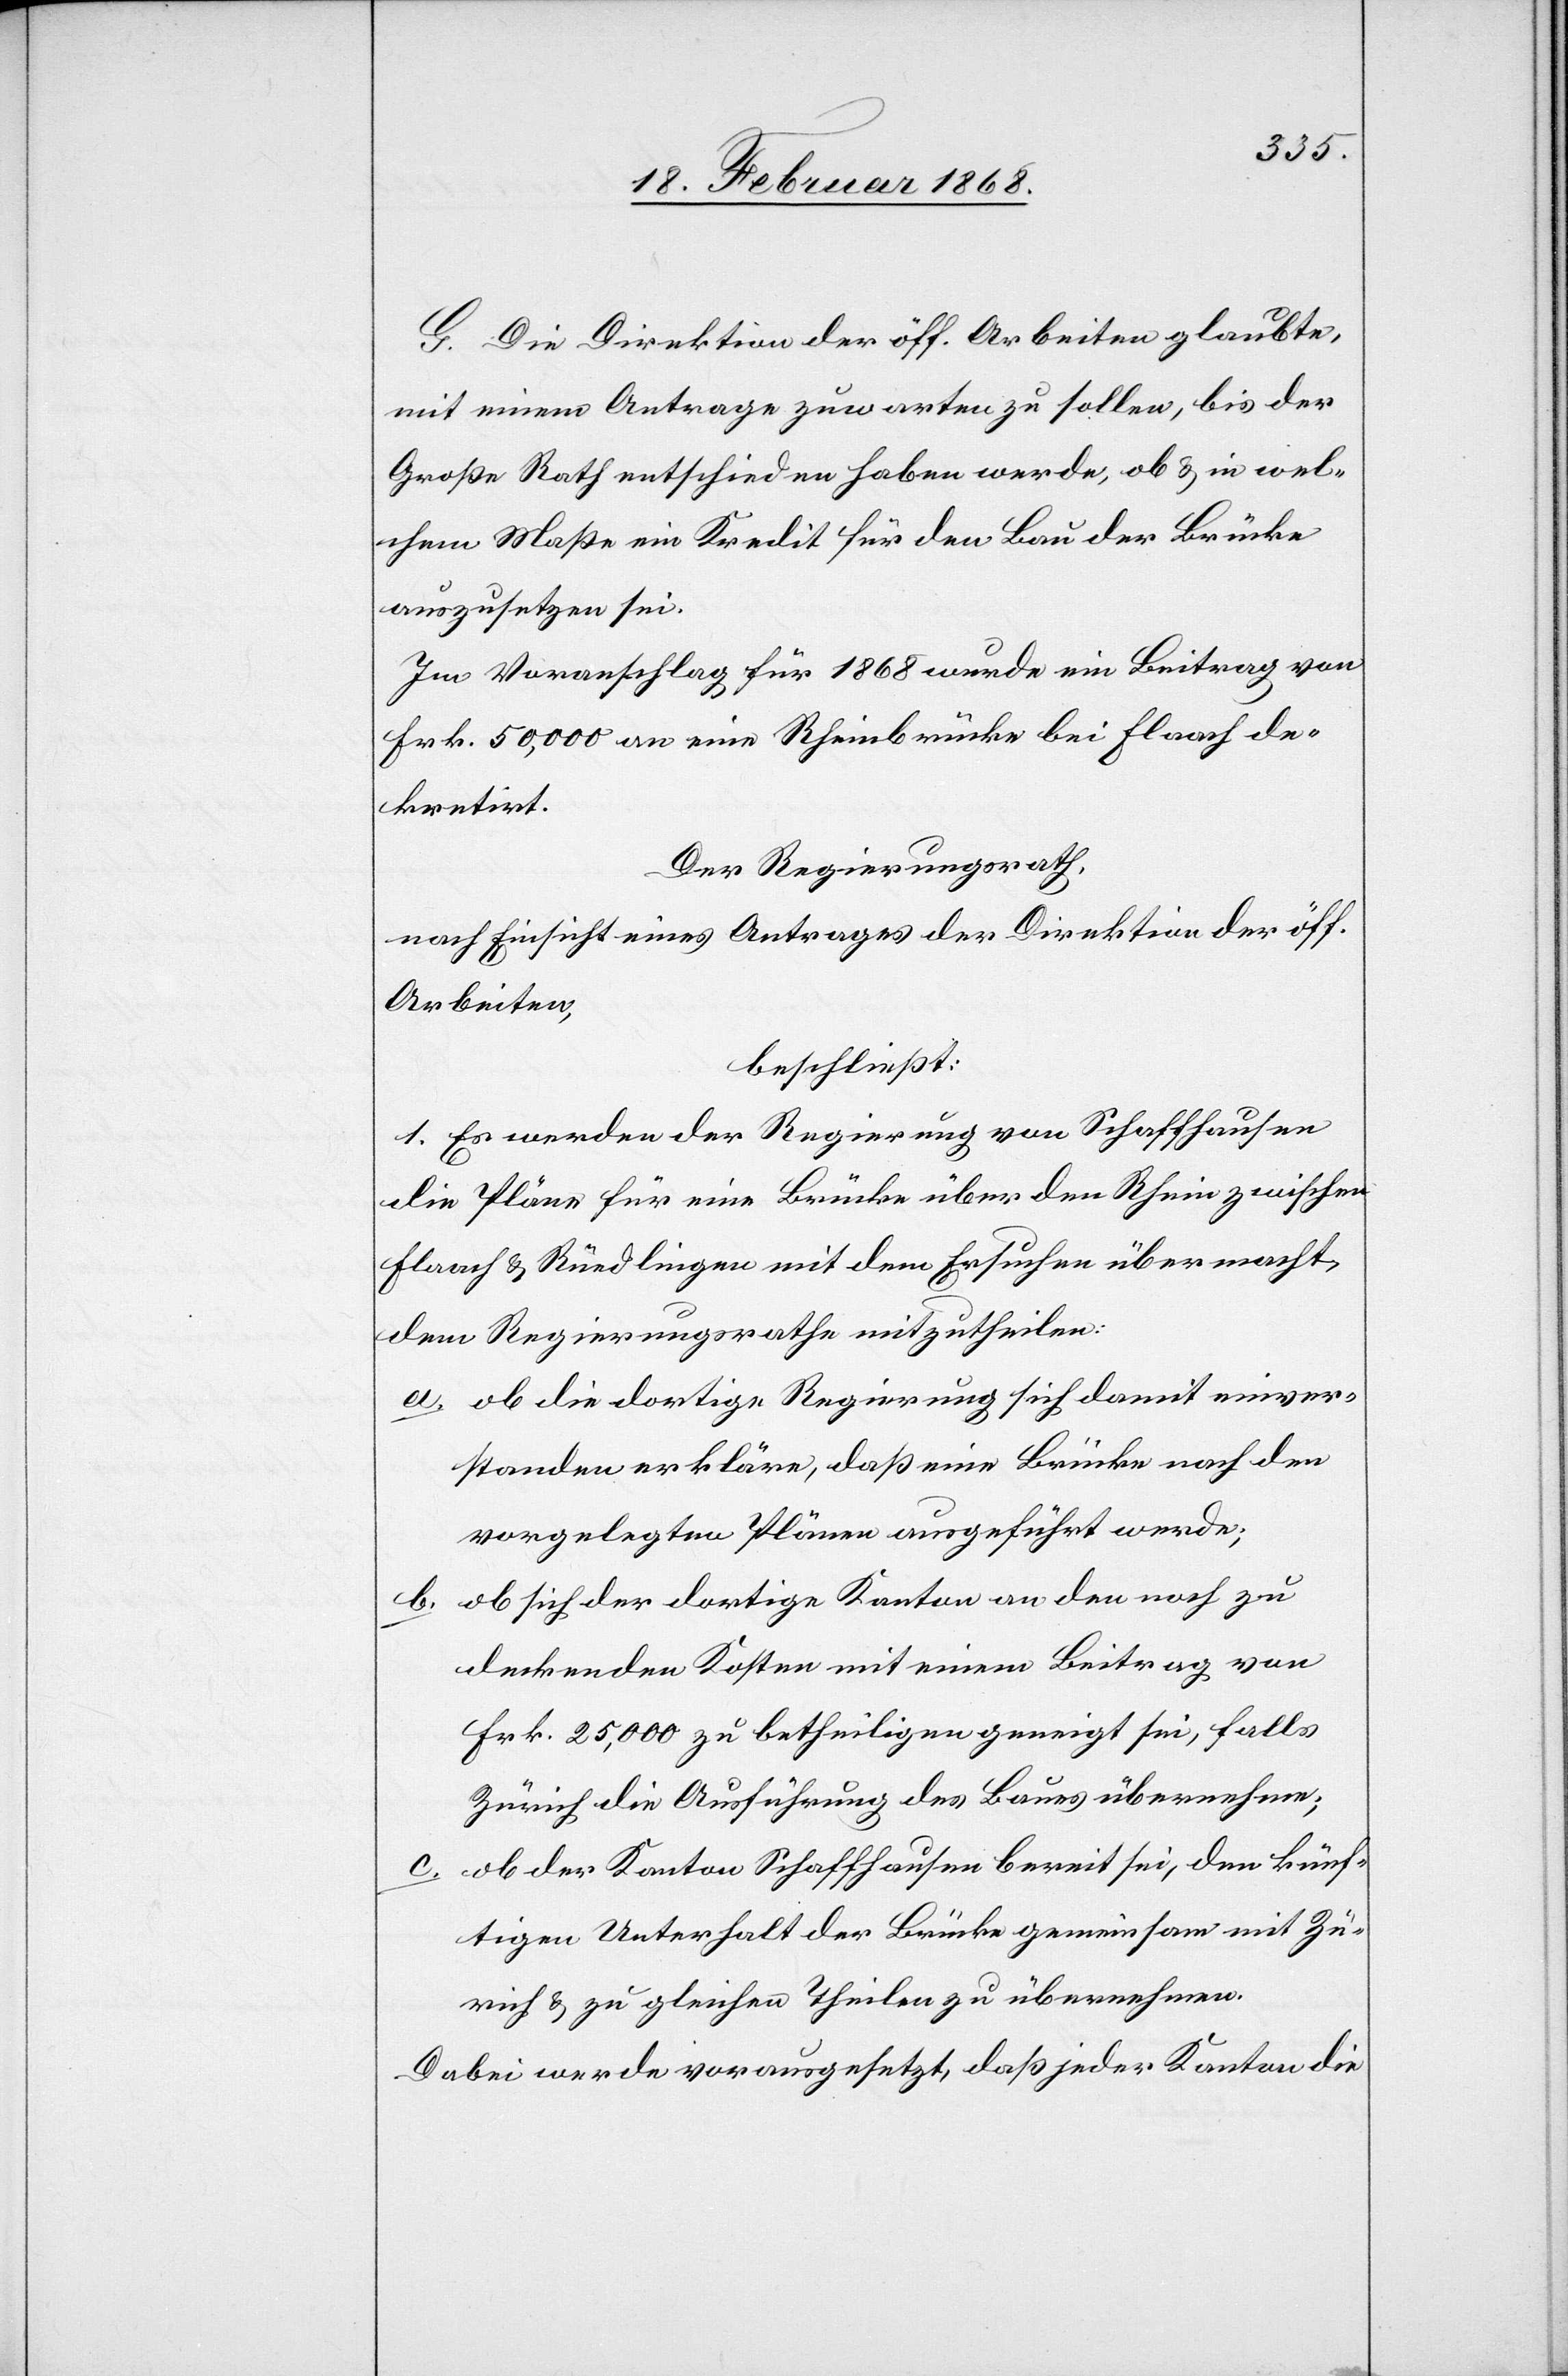
G. Die Direktion der öff. Arbeiten glaubte,
mit einem Antrage zuwarten zu sollen, bis der
Große Rath entschieden haben werde, ob & in wel¬
chem Maße ein Kredit für den Bau der Brücke
auszusetzen sei.
Im Voranschlag für 1868 wurde ein Beitrag von
Frk. 50,000 an eine Rheinbrücke bei Flaach de¬
kretirt.
Der Regierungsrath,
nach Einsicht eines Antrages der Direktion der öff.
Arbeiten,
beschließt:
1. Es werden der Regierung von Schaffhausen
die Pläne für eine Brücke über den Rhein zwischen
Flaach & Rüedlingen mit dem Ersuchen übermacht,
dem Regierungsrathe mitzutheilen:
ob die dortige Regierung sich damit einver¬
standen erkläre, daß eine Brücke nach den
vorgelegten Plänen ausgeführt werde;
ob sich der dortige Kanton an den noch zu
deckenden Kosten mit einem Beitrag von
Frk. 25,000 zu betheiligen geneigt sei, falls
Zürich die Ausführung des Baues übernehme;
ob der Kanton Schaffhausen bereit sei, den künf¬
tigen Unterhalt der Brücke gemeinsam mit Zü¬
rich & zu gleichen Theilen zu übernehmen.
Dabei werde vorausgesetzt, daß jeder Kanton die